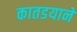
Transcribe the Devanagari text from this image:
कातडयानें